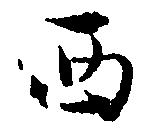
西